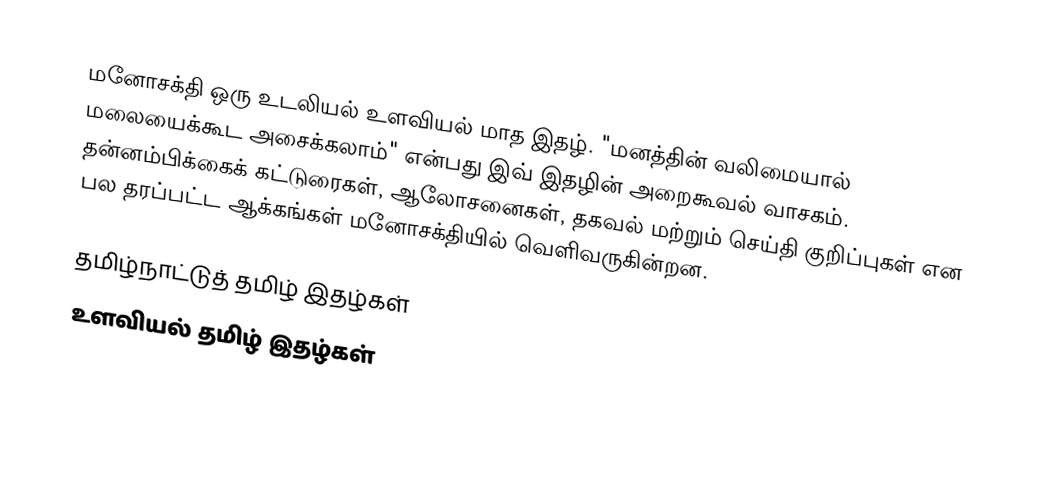
மனோசக்தி ஒரு உடலியல் உளவியல் மாத இதழ்.  "மனத்தின் வலிமையால் மலையைக்கூட அசைக்கலாம்" என்பது இவ் இதழின் அறைகூவல் வாசகம்.  தன்னம்பிக்கைக் கட்டுரைகள், ஆலோசனைகள், தகவல் மற்றும் செய்தி குறிப்புகள் என பல தரப்பட்ட ஆக்கங்கள் மனோசக்தியில் வெளிவருகின்றன.

தமிழ்நாட்டுத் தமிழ் இதழ்கள்
உளவியல் தமிழ் இதழ்கள்